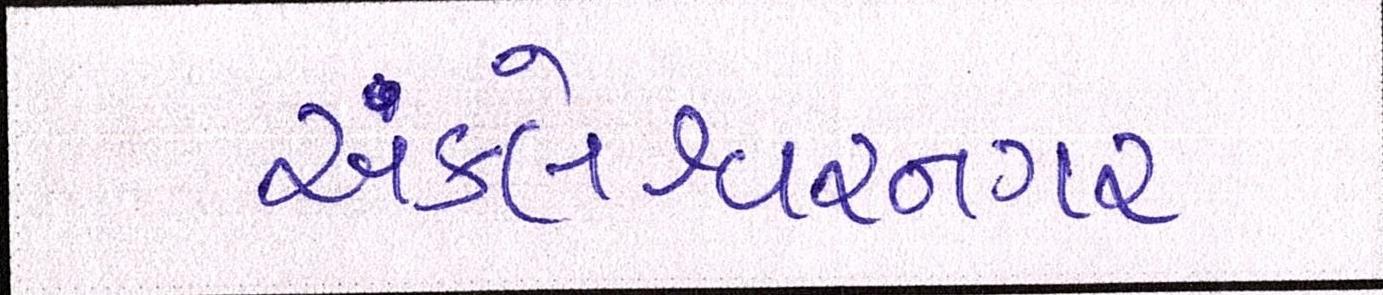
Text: અંકલેશ્વરનગર